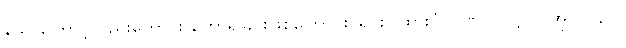
သောကြောင့်လည်းကောင်း ဟောရခြင်းဖြစ်ကြောင်း၊ ရှင်းပြထားပုံ၊ ပဏ်-၁-ဋ္ဌ-ပ-အုပ်-၂၃၂။